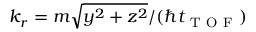
k _ { r } = m \sqrt { y ^ { 2 } + z ^ { 2 } } / ( \hbar t _ { \mathrm { ~ T ~ O ~ F ~ } } )